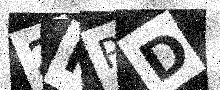
Text: 2KPD